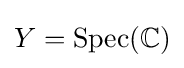
Y={\text{Spec}}(\mathbb {C} )